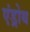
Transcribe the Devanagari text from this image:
एंड्रोथ